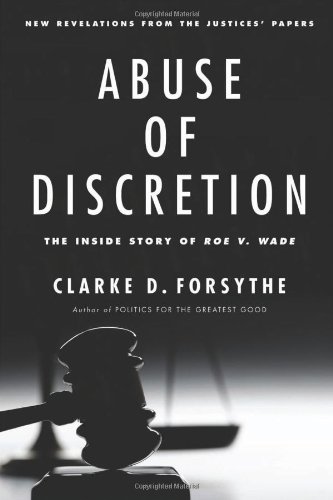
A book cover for Abuse of Discretion: The Inside Story of Roe v. Wade; Clarke D. Forsythe; Law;